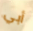
أبي